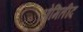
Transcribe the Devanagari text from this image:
ओमितीद